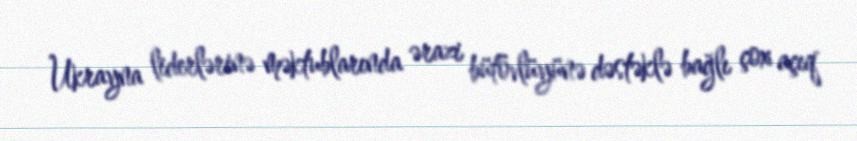
Ukrayna liderlərinə məktublarında ərazi bütövlüyünə dəstəklə bağlı çox açıq